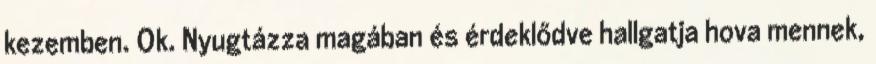
kezemben. Ok. Nyugtázza magában és érdeklődve hallgatja hova mennek,